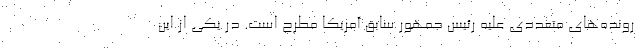
رونده‌های متعددی علیه رئیس جمهور سابق آمریکا مطرح است. در یکی از این